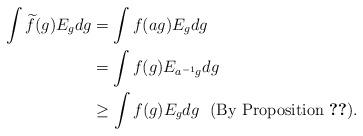
LaTeX: \begin{align*} \int \widetilde{f}(g)E_{g}dg & = \int f(ag)E_{g}dg \\ & = \int f(g)E_{a^{-1}g}dg \\ & \geq \int f(g)E_{g}dg \textrm{~~(By Proposition \ref{commuting projections})}. \end{align*}